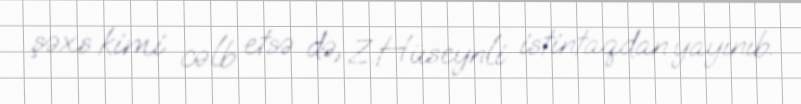
şəxs kimi cəlb etsə də, Z.Hüseynli istintaqdan yayınıb.